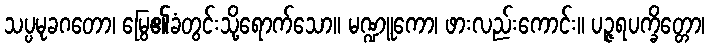
သပ္ပမုခဂတော၊ မြွေ၏ခံတွင်းသို့ရောက်သော။ မဏ္ဍူကော၊ ဖားလည်းကောင်း။ ပဉ္ဇရပက္ခိတ္တော၊